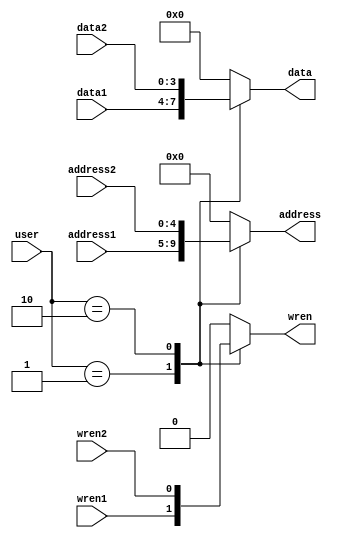
//2 bit mux that allows 2 users access to a bram
// MemoryAcessScheme MAS(
//     .user(),

//     .address1(),
//     .data1(),
//     .wren1(),

//     .address2(),
//     .data2(),
//     .wren2(),

//     .address(),
//     .data(),
//     .wren(),
// );

module MemoryAccessScheme(
    input [1:0] user,

    input [4:0] address1,
    input [3:0] data1,
    input wren1,

    input [4:0] address2,
    input [3:0] data2,
    input wren2,
    
    output reg [4:0] address,
    output reg [3:0] data,
    output reg wren
);
    always@(*)
    begin
        case(user)
            2'd1: begin
                address <= address1;
                data <= data1;
                wren <= wren1;
            end
            2'd2: begin
                address <= address2;
                data <= data2;
                wren <= wren2;
            end
            default: begin
                address <= 5'd0;
                data <= 3'd0;
                wren <= 1'b0;
            end

        endcase
    end
endmodule